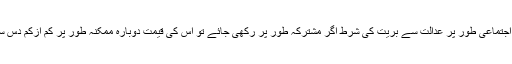
ان حالات میں پورے شریف خاندان کو اجتماعی طور پر عدالت سے بریت کی شرط اگر مشترکہ طور پر رکھی جائے تو اس کی قیمت دوبارہ ممکنہ طور پر کم ازکم دس سال تک سیاست سے دستبرداری ہو گی۔